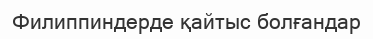
Филиппиндерде қайтыс болғандар